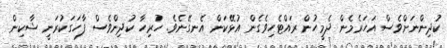
ކުދިންނަށްވެސް އަހަރެމެން ދެމީހުން ރައްޓެހިވެގެން އުޅޭކަން އެނގޭނެވެ. ހުރިހާ ކުދިންވެސް ފާހަގަކުރަނީ ޝާކިން